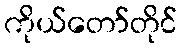
ကိုယ်တော်တိုင်